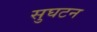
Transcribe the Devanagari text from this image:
सुघटन